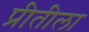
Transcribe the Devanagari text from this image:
प्रीतीला